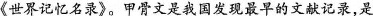
《世界记忆名录》。甲骨文是我国发现最早的文献记录，是